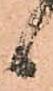
候